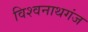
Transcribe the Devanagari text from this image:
विश्‍वनाथगंज